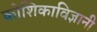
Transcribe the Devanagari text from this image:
कोशिकाविज्ञानी